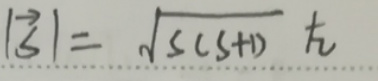
$|\vec{S}|=\sqrt{s(s + 1)}\hbar$